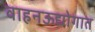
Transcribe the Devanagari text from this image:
वाहनऊद्योगात